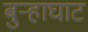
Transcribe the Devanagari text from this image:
बुऱ्हाघाट